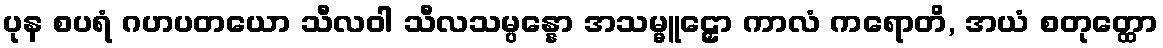
ပုန စပရံ ဂဟပတယော သီလဝါ သီလသမ္ပန္နော အသမ္မူဠှော ကာလံ ကရောတိ, အယံ စတုတ္ထော